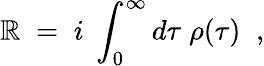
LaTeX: \mathbb{R}\; =\; i\; \int_{0}^{\infty}d\tau\; \rho(\tau)\; \; ,